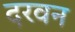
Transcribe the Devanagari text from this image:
दरवन